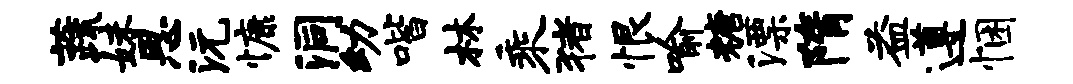
蔬妹思沅慷洞幼喈林乘猪恨喻糖漂隋益遵悃